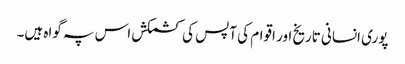
پوری انسانی تاریخ اور اقوام کی آپس کی کشمکش اس پہ گواہ ہیں۔